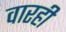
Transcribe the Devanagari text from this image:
वारही